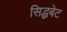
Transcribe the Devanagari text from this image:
सिद्धबेट